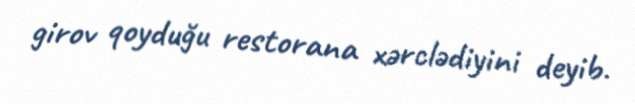
girov qoyduğu restorana xərclədiyini deyib.